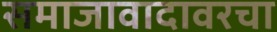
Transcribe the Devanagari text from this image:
समाजावादावरचा